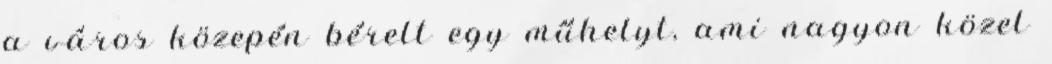
a város közepén bérelt egy műhelyt, ami nagyon közel